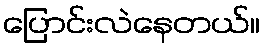
ပြောင်းလဲနေတယ်။